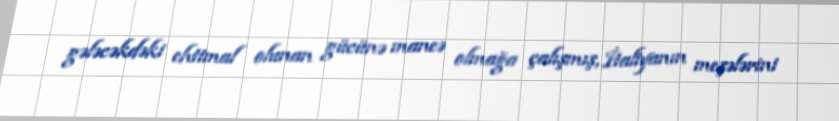
gələcəkdəki ehtimal olunan gücünə maneə olmağa çalışmış, İtaliyanın meşələrini